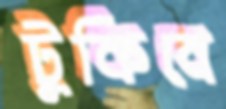
টুকিবে